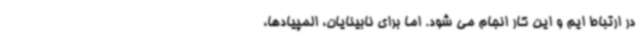
در ارتباط ایم و این کار انجام می شود. اما برای نابینایان، المپیادها،